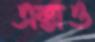
এক্সও